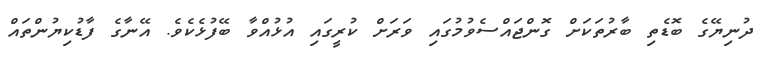
ދުނިޔޭގެ ބޮޑެތި ބާރުތަކަށް ގޮންޖައްސެވުމުގައި ވަރަށް ކުރީގައި އުޅުއްވާ ބޭފުޅެކެވެ. އޭނާގެ ފާޑުކިޔުންތައް